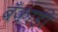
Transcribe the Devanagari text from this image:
बँकाही